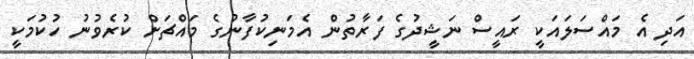
އަދި އެ މައްސަލައަކީ ރައީސް ނަޝީދުގެ ފަރާތުން އެމަނިކުފާނުގެ މައްޗަށް ކުރެވުނު ހުކުމަކީ